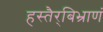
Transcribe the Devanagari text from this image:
हस्तैर्‌बिभ्राणं